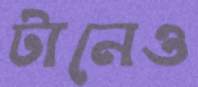
টানেও